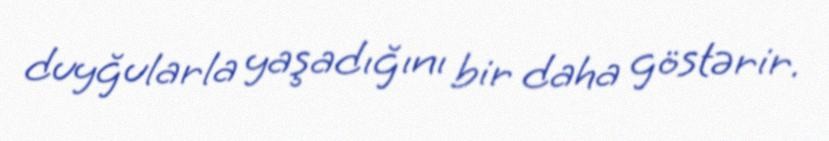
duyğularla yaşadığını bir daha göstərir.